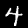
Digit: 4